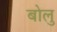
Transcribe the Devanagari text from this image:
बोलु